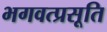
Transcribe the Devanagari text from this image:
भगवत्प्रसूति